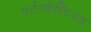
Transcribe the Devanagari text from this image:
गर्टनफेस्टिवल